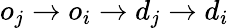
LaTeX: o_{j}\rightarrow o_{i}\rightarrow d_{j}\rightarrow d_{i}